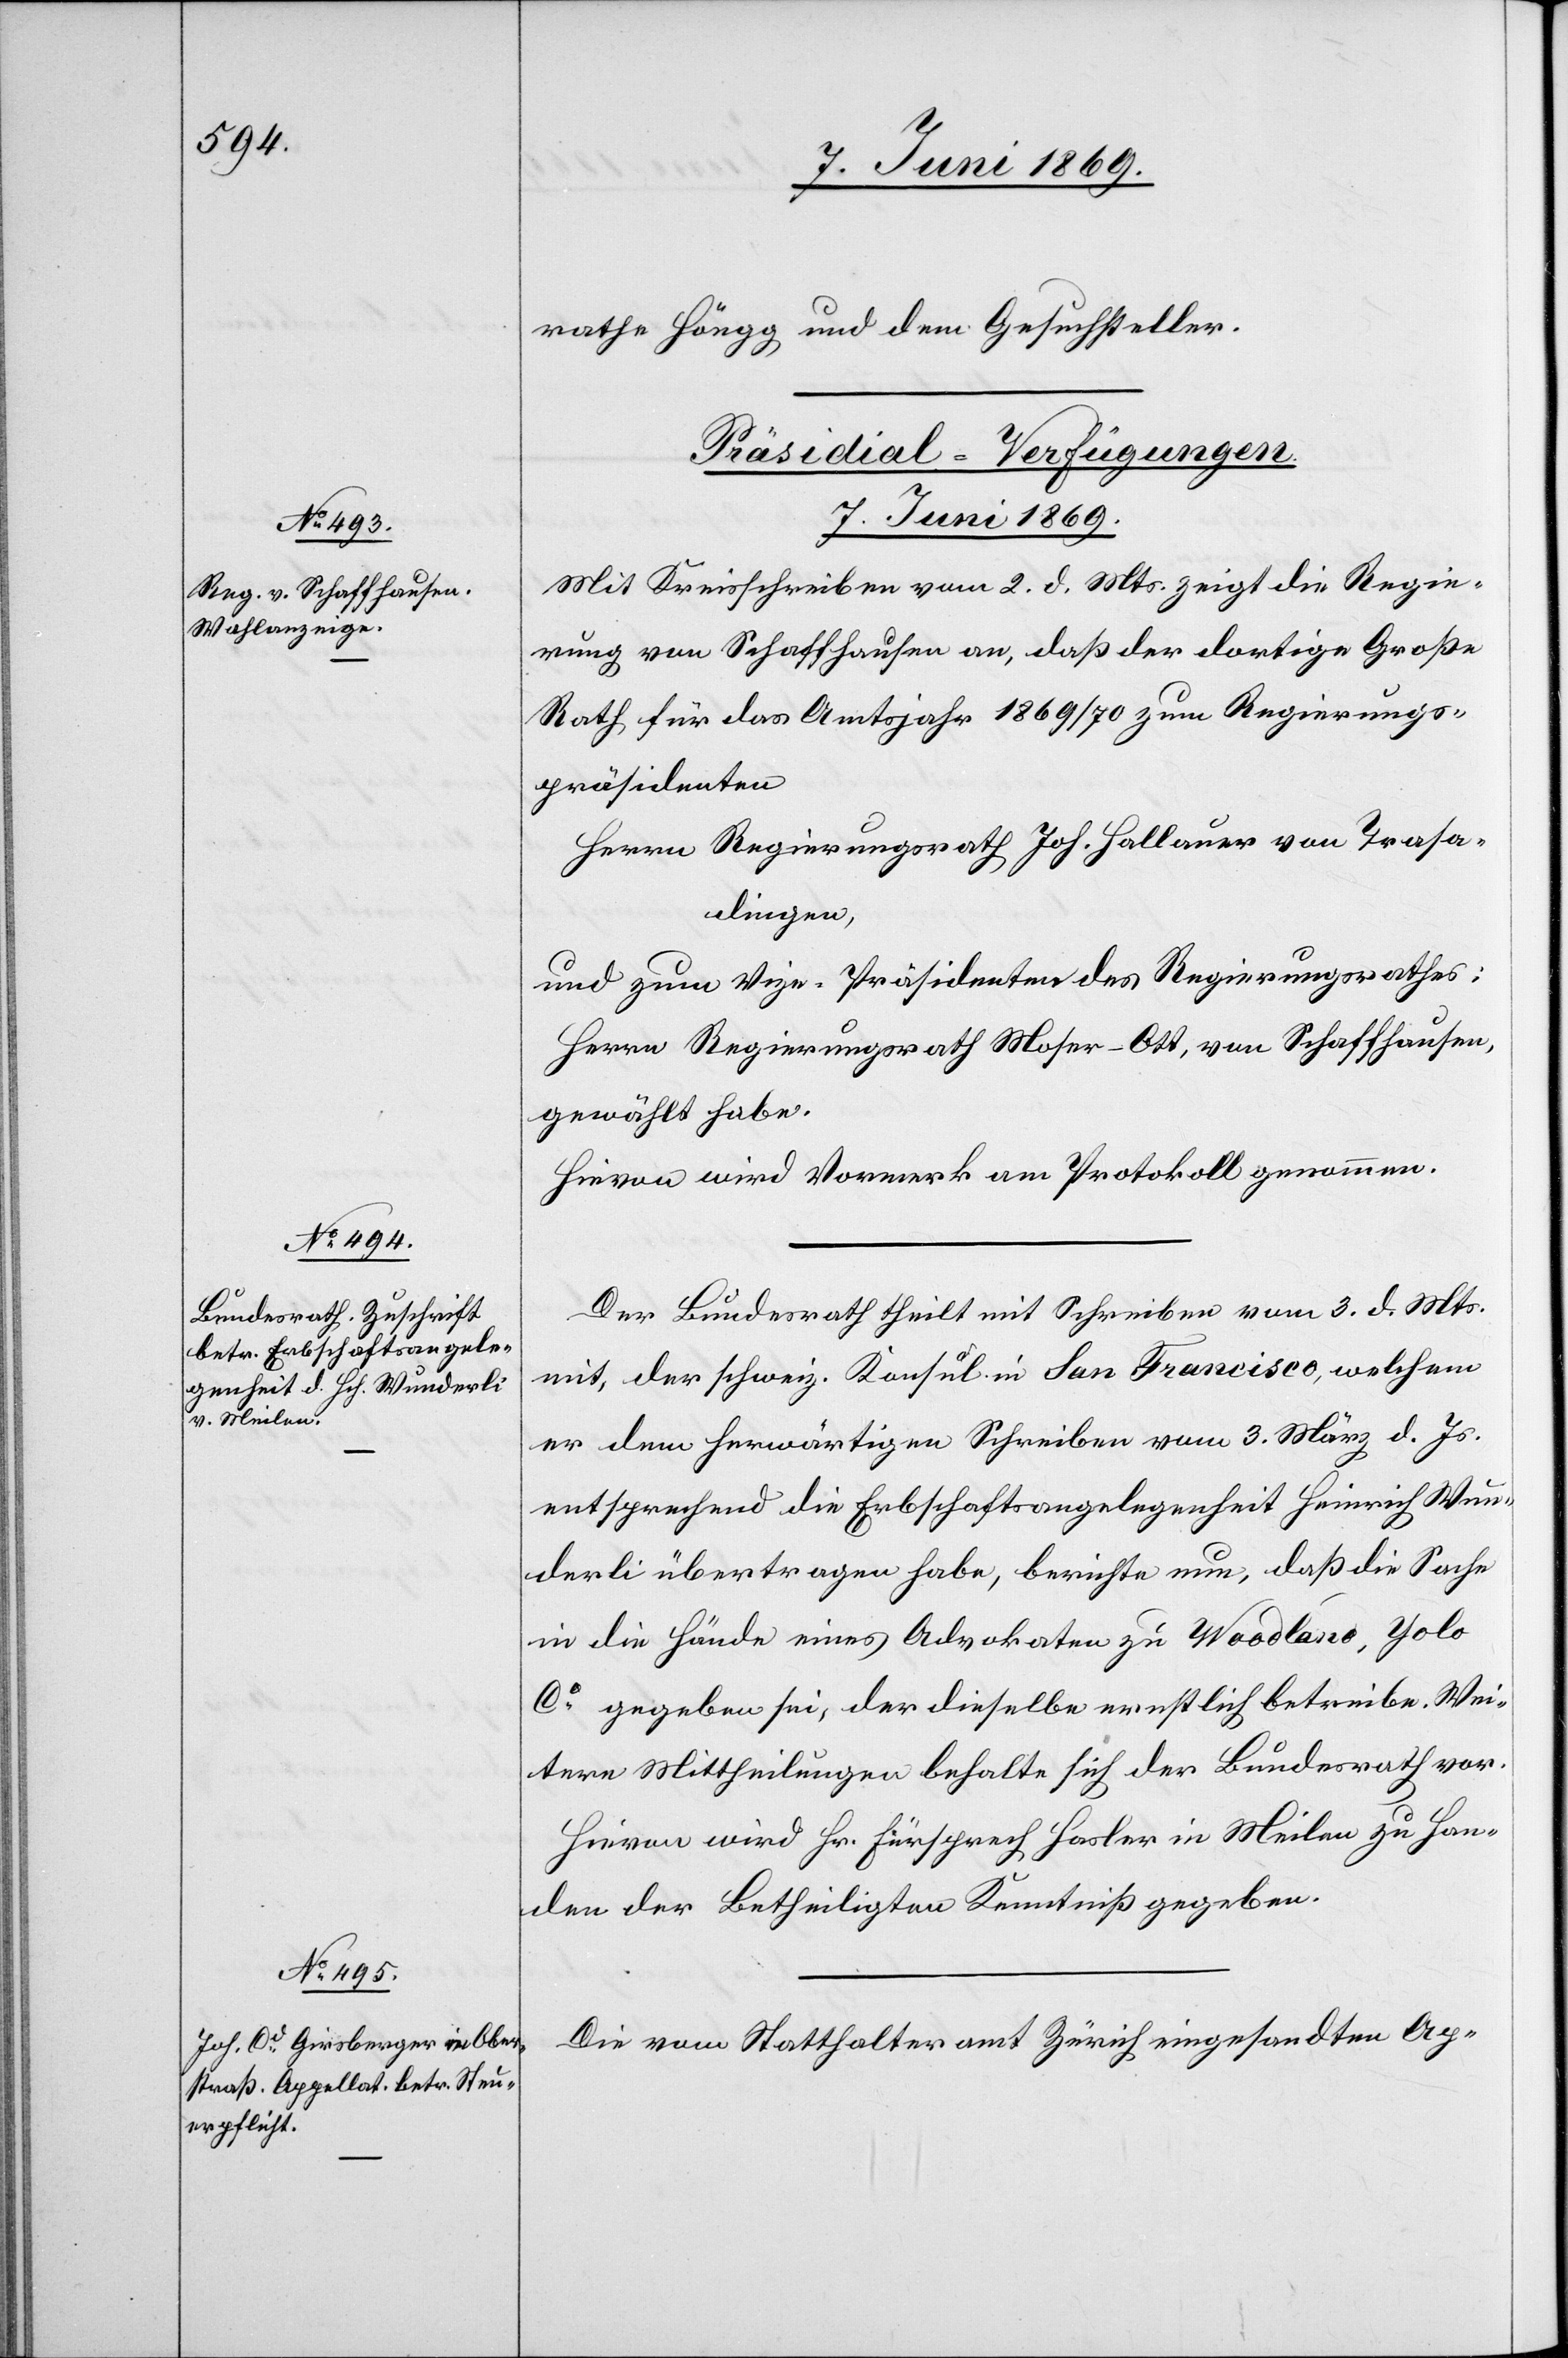
rathe Höngg und dem Gesuchsteller.
[Präsidial-Verfügungen.
7. Juni 1869.]
Mit Kreisschreiben vom 2. d. Mts. zeigt die Regie¬
rung von Schaffhausen an, daß der dortige Große
Rath für das Amtsjahr 1869/70 zum Regierungs¬
präsidenten
Herrn Regierungsrath Joh. Hallauer von Trasa¬
dingen,
und zum Vize-Präsidenten des Regierungsrathes:
Herrn Regierungsrath Moser-Ott, von Schaffhausen
gewählt habe.
Hievon wird Vormerk am Protokoll genommen.
Der Bundesrath theilt mit Schreiben vom 3. d. Mts.
mit, der schweiz. Konsul in San Francisco, welchem
er dem herwärtigen Schreiben vom 3. März d. Js.
entsprechend die Erbschaftsangelegenheit Heinrich Wun¬
derli übertragen habe, berichte nun, daß die Sache
in die Hände eines Advokaten zu Woodland, Yolo
Ca gegeben sei, der dieselbe ernstlich betreibe. Wei¬
tere Mittheilungen behalte sich der Bundesrath vor.
Hievon wird Hr. Fürsprech Hasler in Meilen zu Han¬
den der Betheiligten Kenntniß gegeben.
Die vom Statthalteramt Zürich eingesandten Ap-